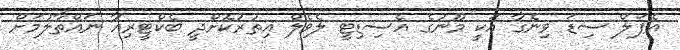
އެޕަލް ސިޑަ ވިނެގާ އަކީ މޫނުގެ އެސިޑިޓީ ލެވެލް އިތުރުކޮށްދީ ބެކްޓީރިއާ ނައްތާލުމަށް